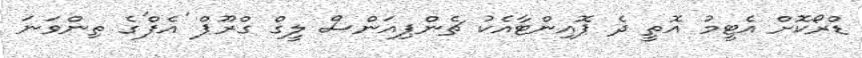
ޑްރޯކޮށް އެޓީމު އޮތީ ދެ ޕޮއިންޓާއެކު ޗެންޕިއަންސް ލީގް ގްރޫޕް 'އެފް'ގެ ތިންވަނަ